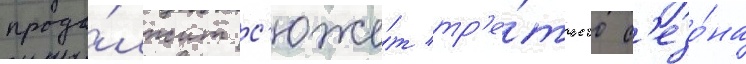
продо́лжит с'юже́т тр'е́тьего с'езо́на